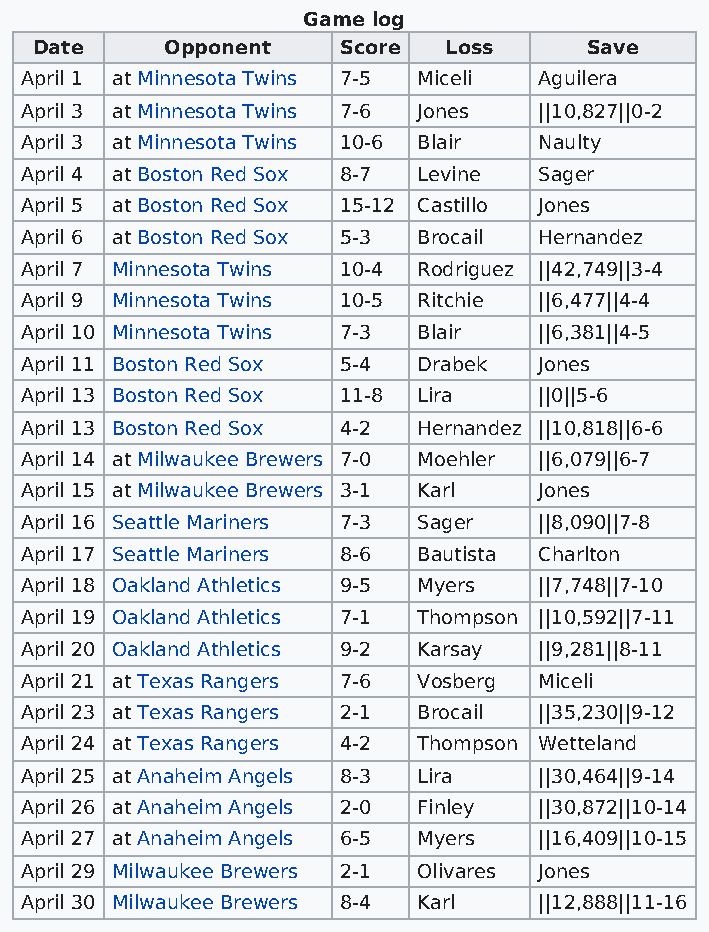
Game log
 Date     Opponent   Score  Loss      Save
 April 1 at Minnesota Twins 7-5 Miceli Aguilera
 April 3 at Minnesota Twins 7-6 Jones ||10,827||0-2
 April 3 at Minnesota Twins 10-6 Blair Naulty
 April 4 at Boston Red Sox 8-7 Levine Sager
 April 5 at Boston Red Sox 15-12 Castillo Jones
 April 6 at Boston Red Sox 5-3 Brocail Hernandez
 April 7 Minnesota Twins 10-4 Rodriguez ||42,749||3-4
 April 9 Minnesota Twins 10-5 Ritchie ||6,477||4-4
 April 10 Minnesota Twins 7-3 Blair ||6,381||4-5
 April 11 Boston Red Sox 5-4 Drabek Jones
 April 13 Boston Red Sox 11-8 Lira  ||0||5-6
 April 13 Boston Red Sox 4-2 Hernandez ||10,818||6-6
 April 14 at Milwaukee Brewers 7-0 Moehler ||6,079||6-7
 April 15 at Milwaukee Brewers 3-1 Karl Jones
 April 16 Seattle Mariners 7-3 Sager ||8,090||7-8
 April 17 Seattle Mariners 8-6 Bautista Charlton
 April 18 Oakland Athletics 9-5 Myers ||7,748||7-10
 April 19 Oakland Athletics 7-1 Thompson ||10,592||7-11
 April 20 Oakland Athletics 9-2 Karsay ||9,281||8-11
 April 21 at Texas Rangers 7-6 Vosberg Miceli
 April 23 at Texas Rangers 2-1 Brocail ||35,230||9-12
 April 24 at Texas Rangers 4-2 Thompson Wetteland
 April 25 at Anaheim Angels 8-3 Lira ||30,464||9-14
 April 26 at Anaheim Angels 2-0 Finley ||30,872||10-14
 April 27 at Anaheim Angels 6-5 Myers ||16,409||10-15
 April 29 Milwaukee Brewers 2-1 Olivares Jones
 April 30 Milwaukee Brewers 8-4 Karl ||12,888||11-16